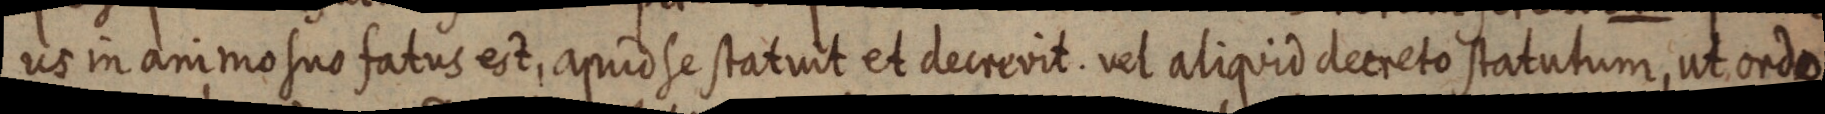
us in animo suo fatus est, apud se statuit et decrevit. vel aliquid decreto statutum, ut ordo